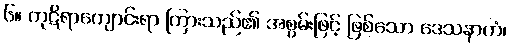
၆။ ကုဋိရာကျောင်းရာ ကြားသည်၏ အစွမ်းဖြင့် ဖြစ်သော ဒေသနာကံ၊